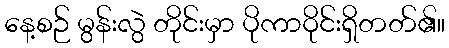
နေ့စဉ် မွန်းလွဲ တိုင်းမှာ ပိုကာဝိုင်းရှိတတ်၏။